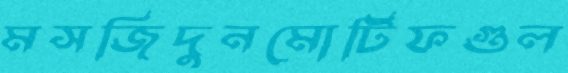
মসজিদুনমোটিফগুল